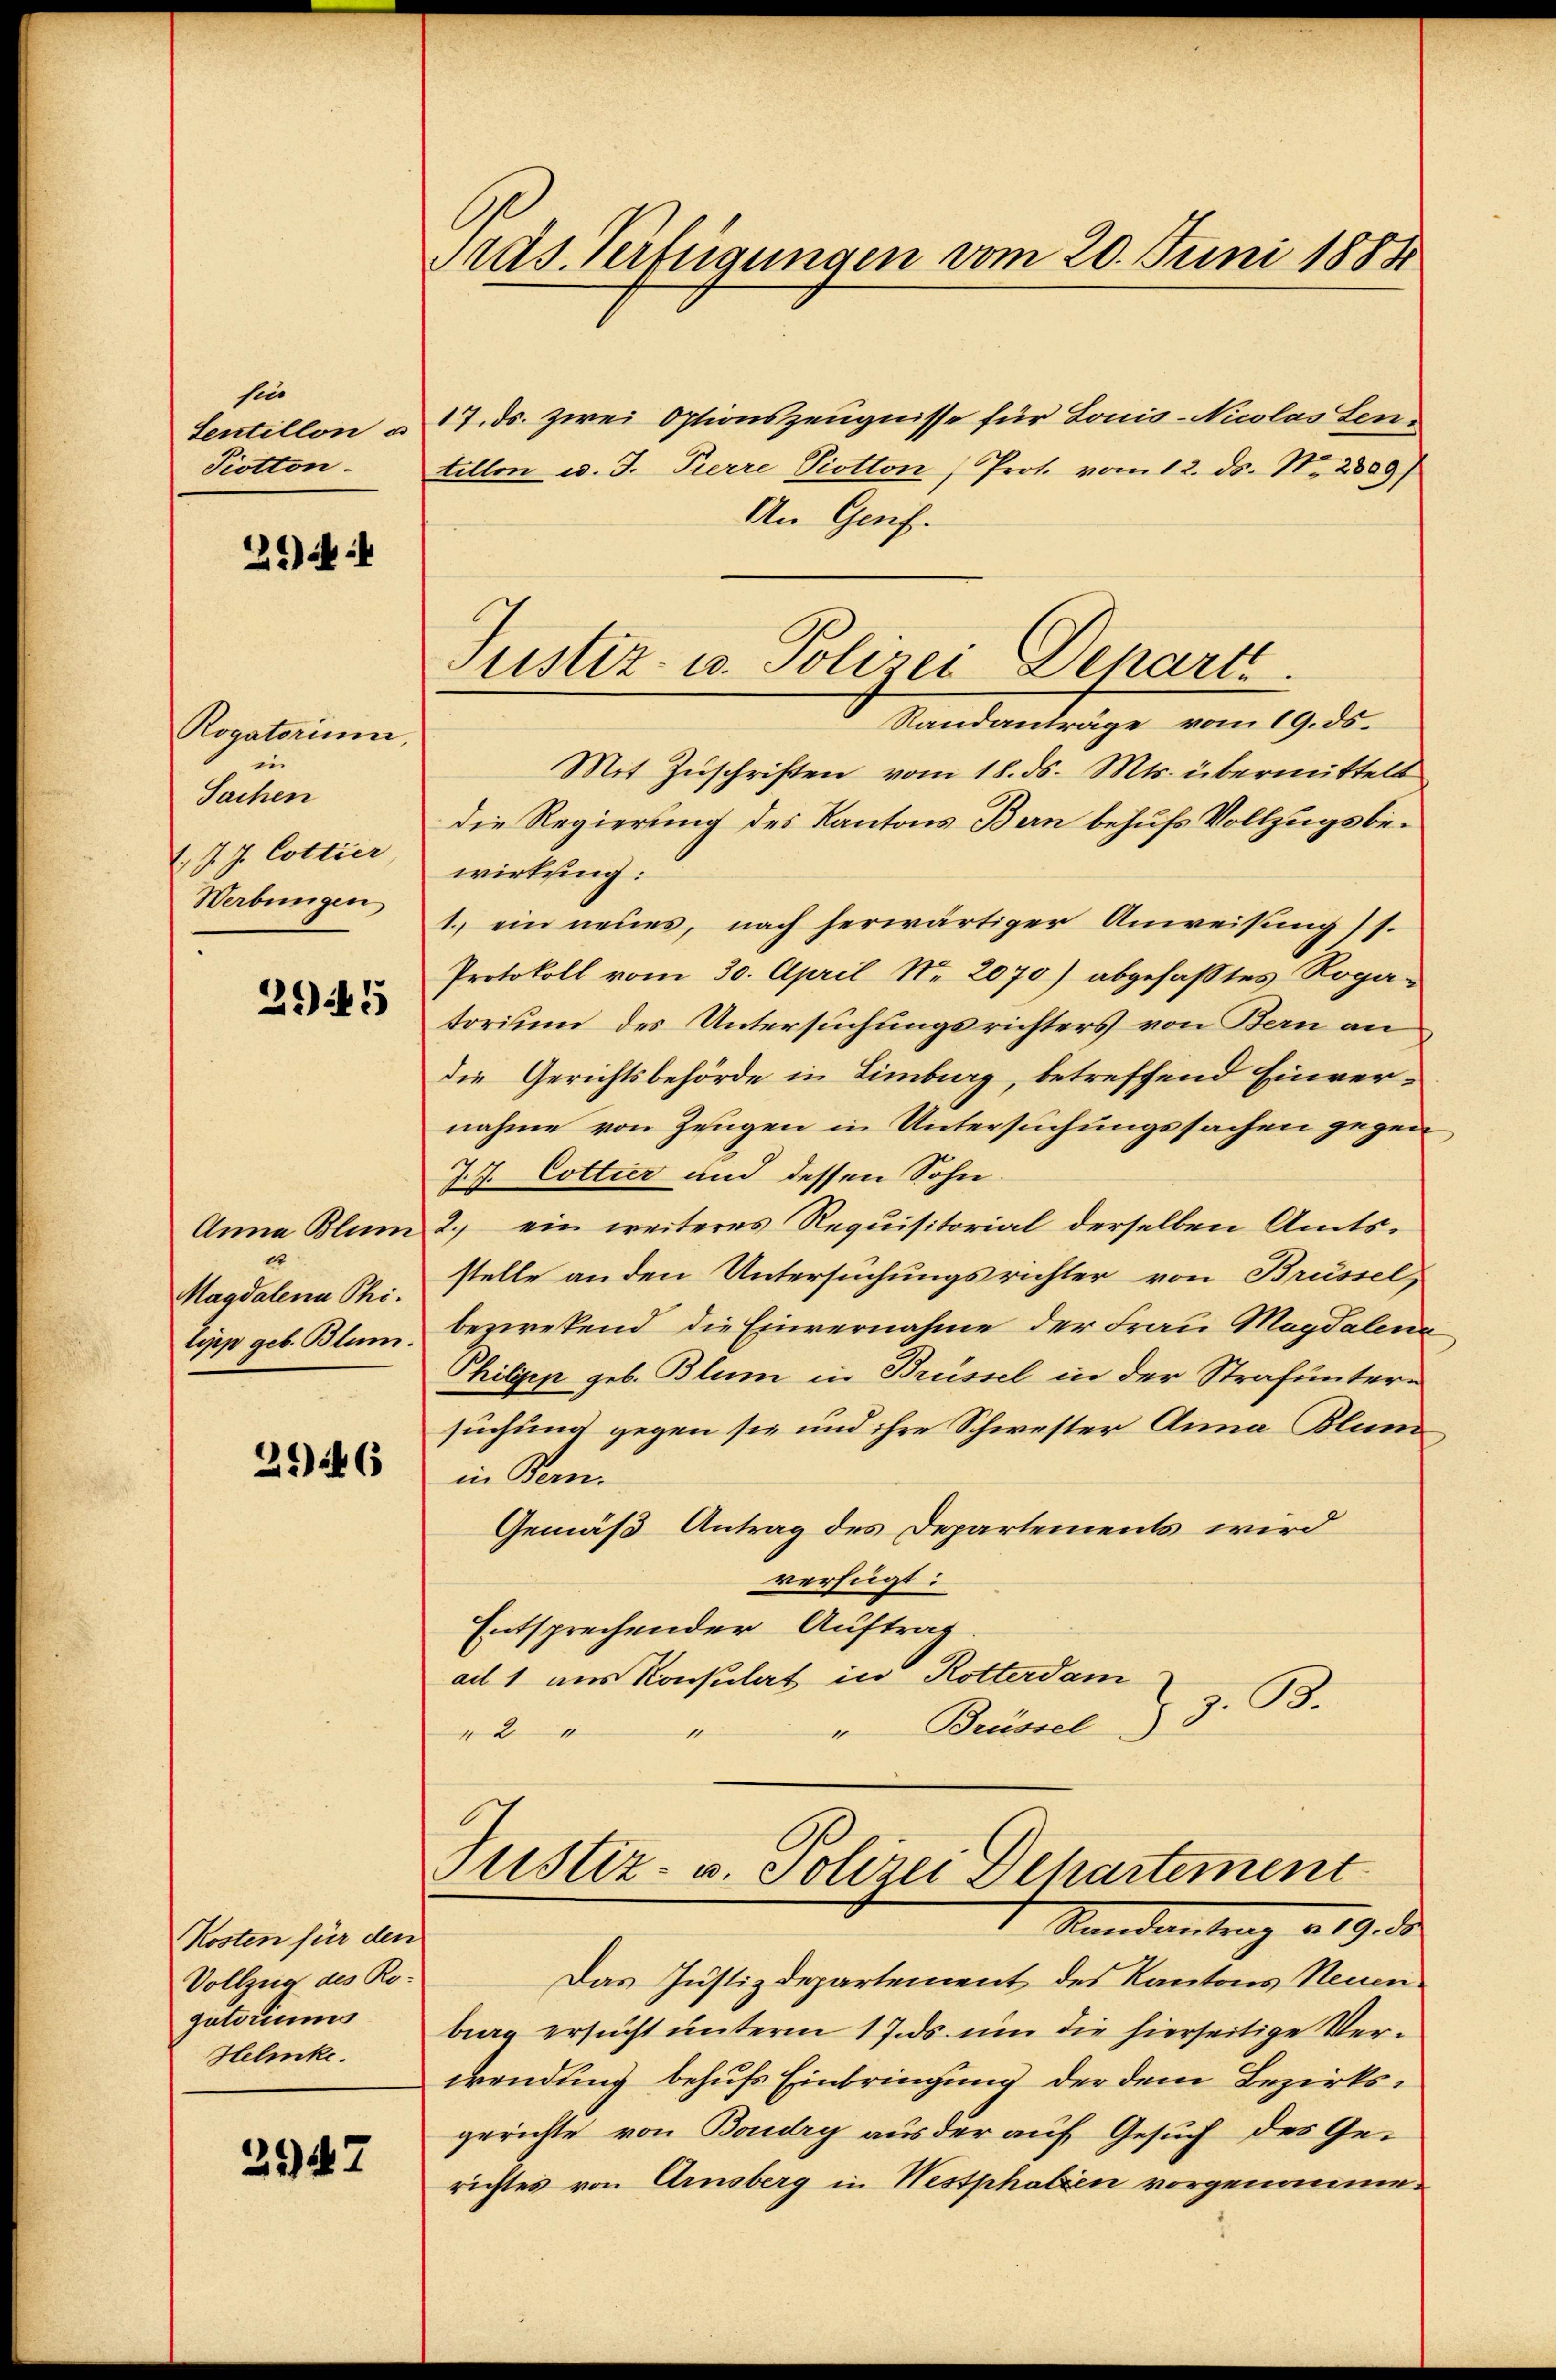
sin
Sentillon a
Piotton.

2*) Ni

Rogatorium,
in
Sachen
1 J. J. Collier
Werbungen

2945

Anna Blum
e
Magdalena Phi
lipp geb. Blum.

256

Kosten für den
Vollzug des Ro-
gatoriums
Helenke.

2947

Pras. Verfügungen vom 20. Juni 1888

17. ds. zwei Optionszeugnisse für Louis-Nicolas Sentillon v. J. Pierre Piotton, Prot. vom 12. ds. No. 2889/
An Genf.
Standanträge vom 19. ds.
Mit Zuschriften vom 18. ds. Mts. übermittelt
die Regierung des Kantons Bern behufs Vollzugsbewirkung:
1. ein neues, nach herwärtiger Anweisung (s.
Protokoll vom 30. April Nr. 2070) abgefaßtes Roga-
torium des Untersuchungsrichters von Bern an
die Gerichtsbehörde in Limburg, betreffend Einvernahme von Zeugen in Untersuchungssachen gegen
J. J. Cottier und dessen Sohn.
2.) ein weiteres Requisitorial derselben Amts-
stelle anden Untersuchungsrichter von Brüssel
bezwekend die Einvernahme der Frau Magdalena
Philip geb. Blum in Brüssel in der Strafuntersuchung gegen sie und ihre Schwester Anna Blun
in Bern.
Gemäß Antrag des Departements wird
verfügt:
Entsprechender Auftrag
ad 1 aus Konsulat in Rotterdam
"Brüssel I S. 38.
11
2

Justiz- u. Polizei Depart

Das Justizdepartement des Kantons Neuen
burg ersucht unterm 1 J.ds. um die hierseitige Verwendung behufs Einbringung der dem Bezirksgerichte von Boudry aus der auf Gesuch des Gerichtes von Arnsberg in Westphalien vorgenomme¬

Justiz- u. Polizei Departement
Standentrag v. 19. ds.